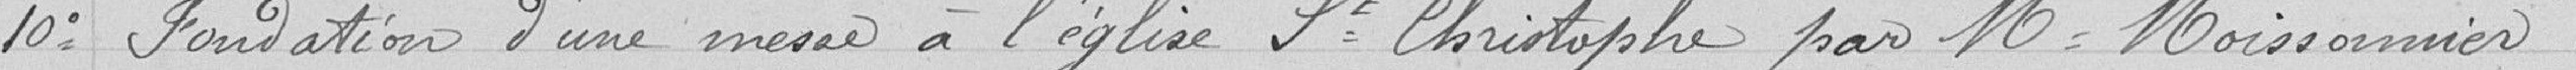
10° Fondation d'une messe à l'église St Christophe par Mr Moissonnier